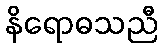
နိရောဓသညီ